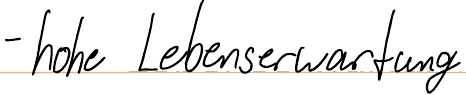
- hohe Lebenserwartung